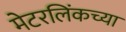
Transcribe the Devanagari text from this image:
मेटरलिंकच्या